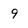
Character: 9